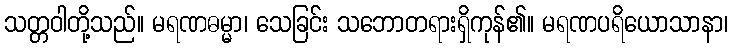
သတ္တဝါတို့သည်။ မရဏဓမ္မာ၊ သေခြင်း သဘောတရားရှိကုန်၏။ မရဏပရိယောသာနာ၊